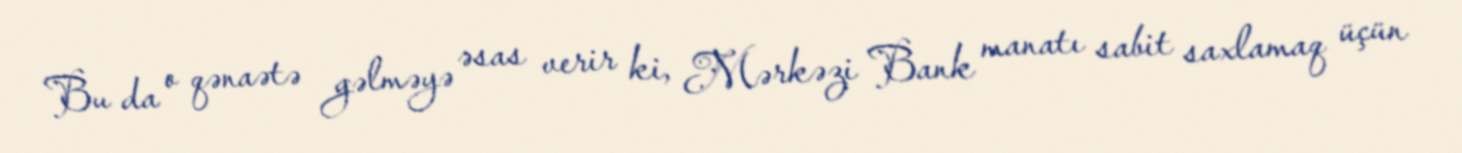
Bu da o qənaətə gəlməyə əsas verir ki, Mərkəzi Bank manatı sabit saxlamaq üçün